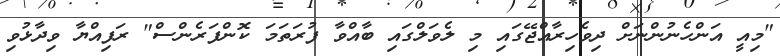
"މިއީ އަންހެނުންނަށް ދިވެހިރާއްޖޭގައި މި ލެވަލްގައި ބާއްވާ ފުރަތަމަ ކޮންފަރެންސް" ރަފިއްޔާ ވިދާޅުވި